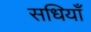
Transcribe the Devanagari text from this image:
सधियाँ